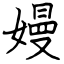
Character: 嫚